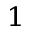
^ 1